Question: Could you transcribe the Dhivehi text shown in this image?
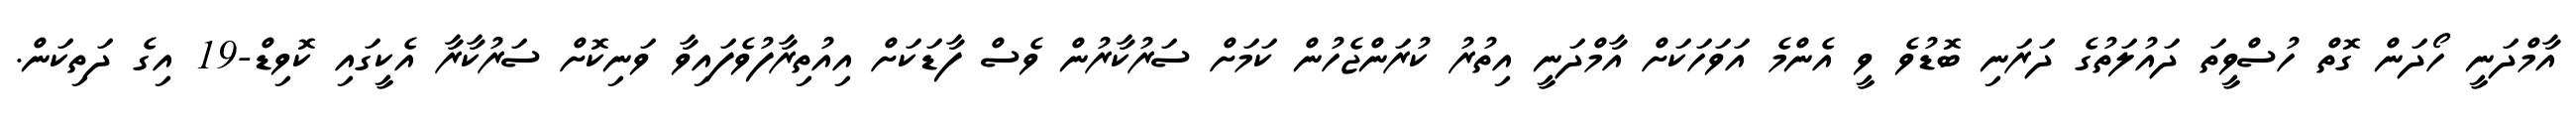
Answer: އާމްދަނީ ހޯދަން ގޮތް ހުސްވީތަ ދައުލަތުގެ ދަރަނި ބޮޑުވެ ވީ އެންމެ އަވަހަކަށް އާމްދަނީ އިތުރު ކުރަންޖެހުން ކަމަށް ސަރުކާރުން ވެސް ފާޑަކަށް އިއުތިރާފުވެފައިވާ ވަނިކޮށް ސަރުކާރާ އެކީގައި ކޮވިޑް-19 އިގެ ދަތިކަން.